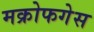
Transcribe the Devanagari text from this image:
मक्रोफगेस